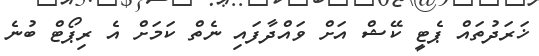
ޚަރަދުތައް ޕެޓީ ކޭޝް އަށް ވައްދާފައި ނެތް ކަމަށް އެ ރިޕޯޓް ބުނެ